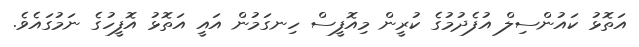
އަތޮޅު ކައުންސިލް އުފެދުމުގެ ކުރީން މިއޮފީސް ހިނގަމުން އައީ އަތޮޅު އޮފީހުގެ ނަމުގައެވެ.